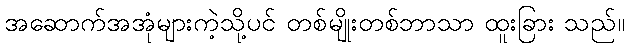
အဆောက်အအုံများကဲ့သို့ပင် တစ်မျိုးတစ်ဘာသာ ထူးခြား သည်။